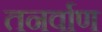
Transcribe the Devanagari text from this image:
तनर्वाण